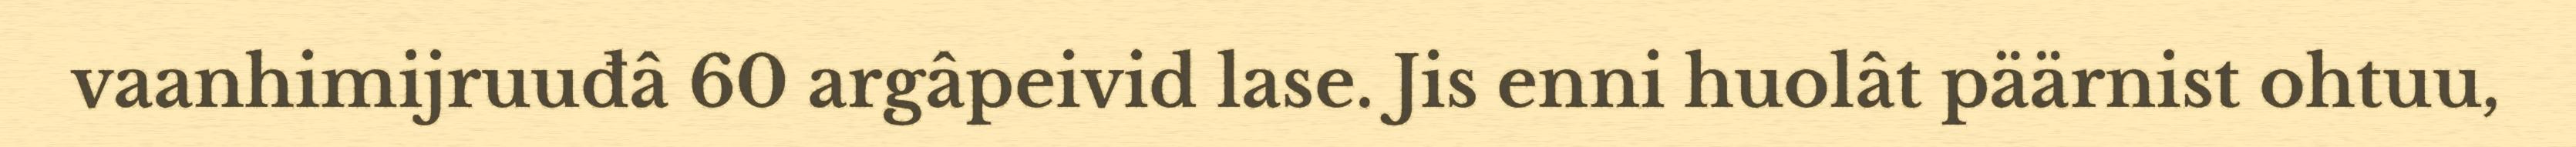
vaanhimijruuđâ 60 argâpeivid lase. Jis enni huolât päärnist ohtuu,